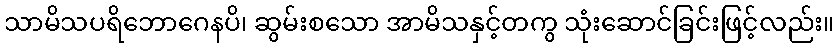
သာမိသပရိဘောဂေနပိ၊ ဆွမ်းစသော အာမိသနှင့်တကွ သုံးဆောင်ခြင်းဖြင့်လည်း။